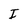
Character: I